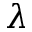
\lambda